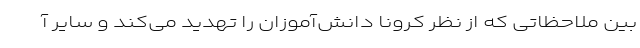
بین ملاحظاتی که از نظر کرونا دانش‌آموزان را تهدید می‌کند و سایر آ